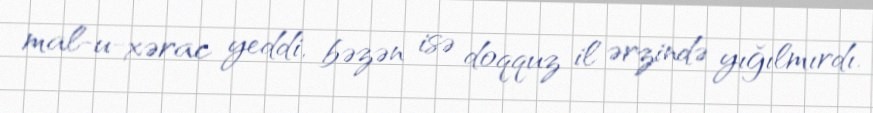
mal-u-xərac yeddi, bəzən isə doqquz il ərzində yığılmırdı.